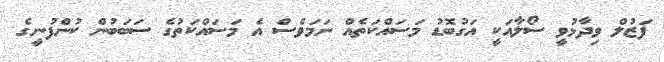
ފަޒުލް ވިދާޅުވީ ސޯލާއަކީ އަގުބޮޑު މަސައްކަތެއް ނަމަވެސް އެ މަސައްކަތުގެ ސަބަބުން ކުންފުނީގެ